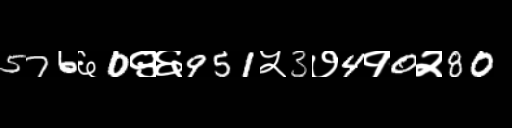
Text: 576६0९६951५3७4१0२80